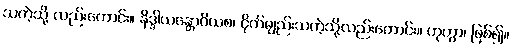
သကဲ့သို့ လည်းကောင်း။ နိဒ္ဒါယန္တောဝိယစ၊ ငိုက်မျည်းသကဲ့သို့လည်းကောင်း။ ဟုတွာ၊ ဖြစ်၍။